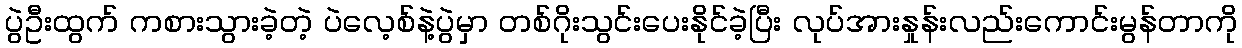
ပွဲဦးထွက် ကစားသွားခဲ့တဲ့ ပဲလေ့စ်နဲ့ပွဲမှာ တစ်ဂိုးသွင်းပေးနိုင်ခဲ့ပြီး လုပ်အားနှုန်းလည်းကောင်းမွန်တာကို